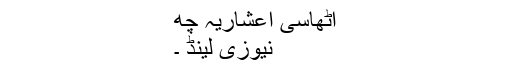
اٹھاسی اعشاریہ چھ
نیوزی لینڈ ۔